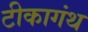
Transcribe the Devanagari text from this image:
टीकागंथ